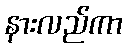
နားလည်ကာ